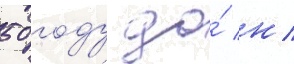
50 году до́ н